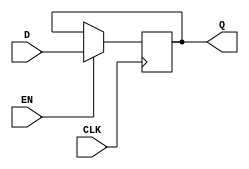
module DLatch(
    input D, // Data input
    input EN, // Latch enable input
    input CLK, // Clock input
    output reg Q // Output
);

always @(posedge CLK) begin
    if(EN == 1'b1) begin
        Q <= D;
    end
end

endmodule